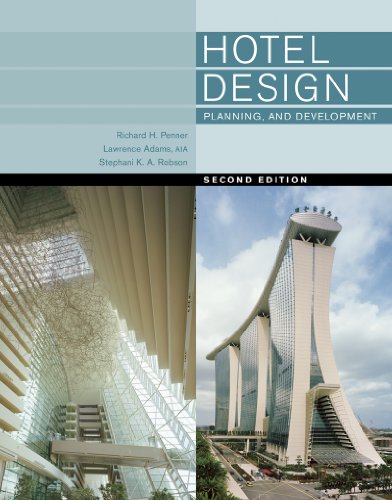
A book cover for Hotel Design, Planning, and Development (Second Edition); Richard H. Penner; Crafts, Hobbies & Home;